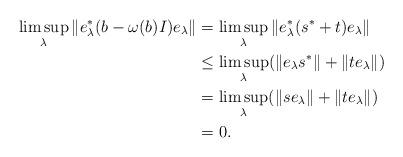
LaTeX: \begin{align*}\limsup_\lambda\| e_\lambda^*(b-\omega(b)I)e_\lambda\|&= \limsup_\lambda \|e_\lambda^* (s^*+t) e_\lambda\|\\&\leq \limsup_\lambda (\|e_\lambda s^*\|+\|t e_\lambda\|)\\&= \limsup_\lambda (\|se_\lambda\|+\|t e_\lambda\|)\\&=0.\end{align*}